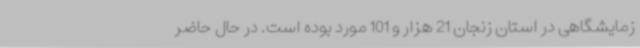
زمایشگاهی در استان زنجان 21 هزار و 101 مورد بوده است. در حال حاضر